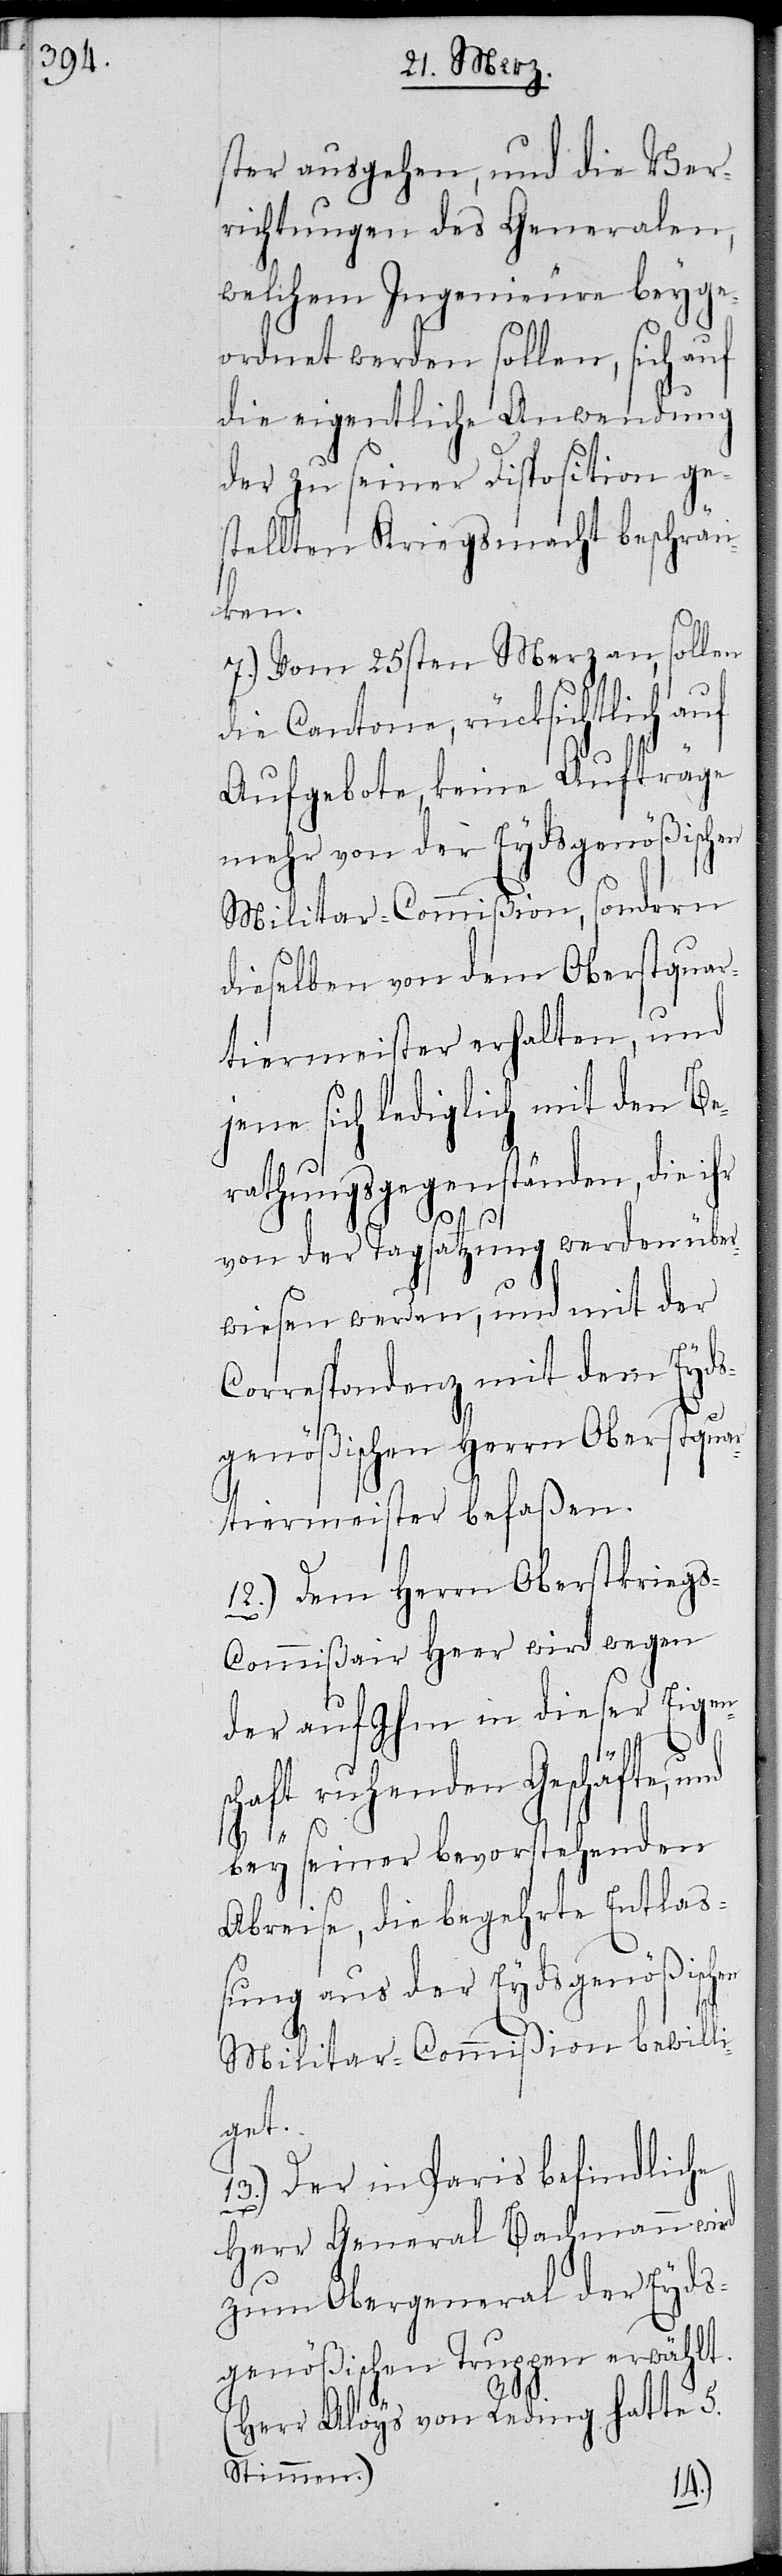
ster ausgehen, und die Ver¬
richtungen des Generalen,
welchem Ingenieure beyge¬
ordnet werden sollen, sich auf
die eigentliche Anwendung
der zu seiner Disposition ge¬
stellten Kriegsmacht beschrän¬
ken.
7.) Vom 25sten Merz an, sollen
die Cantone, rücksichtlich auf
Aufgebote, keine Aufträge
mehr von der Eydsgenößischen
Militar-Commißion, sondern
dieselben von dem Oberstquar¬
tiermeister erhalten, und
jene sich lediglich mit den Be¬
rathungsgegenständen, die ihr
von der Tagsatzung werden über¬
wiesen werden, und mit der
Correspondenz mit dem Eyds¬
genößischen Herrn Oberstquar¬
tiermeister befaßen.
12.) Dem Herrn Oberstkrieg¬
s-Commißair Heer wird wegen
der auf Ihm in dieser Eigen¬
schaft ruhenden Geschäfte, und
bey seiner bevorstehenden
Abreise, die begehrte Entlaß¬
ung aus der Eydsgenößischen
Militar-Commißion bewilli¬
get.
13.) Der in Paris befindliche
Herr General Bachmann wird
zum Obergeneral der Eyds¬
genößischen Truppen erwählt.
(Herr Aloys von Reding hatte 5.
Stimmen.)